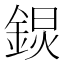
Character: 𨨋